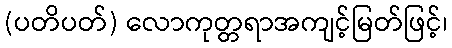
(ပတိပတ်) လောကုတ္တရာအကျင့်မြတ်ဖြင့်၊